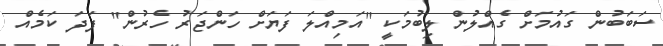
ސަބަބުން ގައުމަށް ގެއްލުން ލިބުމަކީ "އަމިއްލަ ފަޔަށް ހަންޖަރު ހެރުން" ފަދަ ކަމެއް